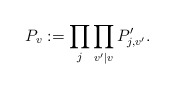
\begin{align*}P_v:=\prod_j\prod_{v'|v} P'_{j,v'}.\end{align*}